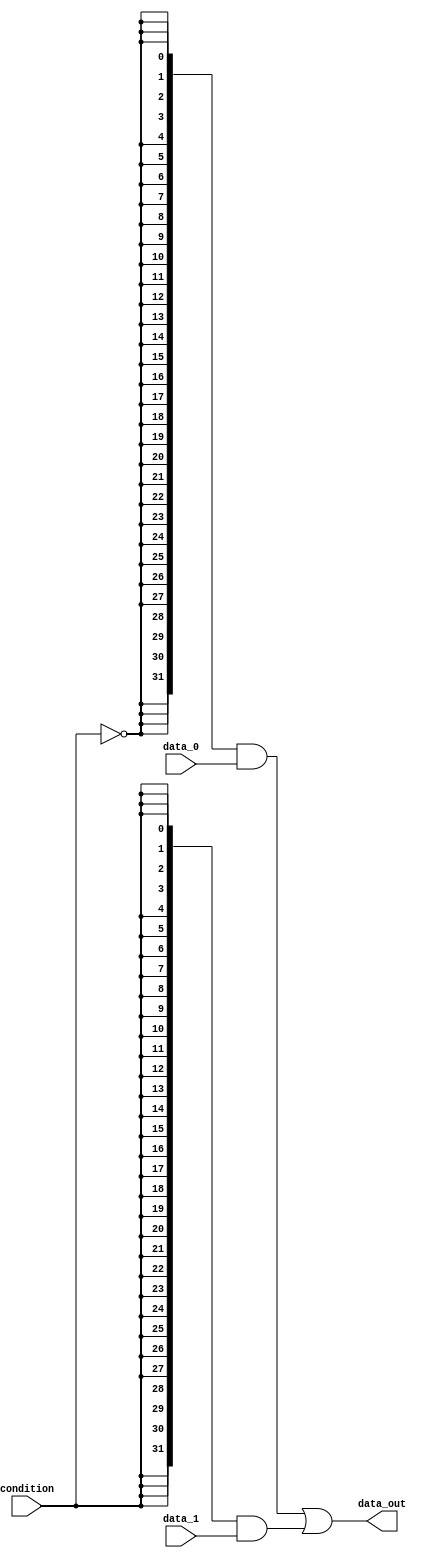
// Project: Two-channel multiplexer

module mux_2 (data_0, data_1, condition, data_out);
	parameter WIDTH = 32;

	input  [WIDTH-1:0] data_0;
	input  [WIDTH-1:0] data_1;
	input              condition;
	output [WIDTH-1:0] data_out;

	assign data_out = ({WIDTH{condition==1'd0}} & data_0)
					| ({WIDTH{condition==1'd1}} & data_1);
endmodule